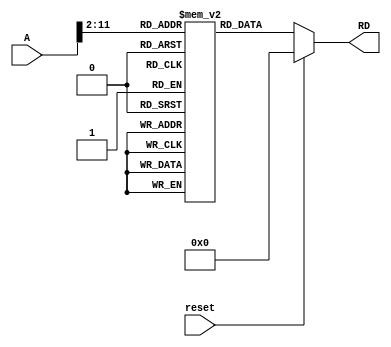
`timescale 1ns / 1ps
//////////////////////////////////////////////////////////////////////////////////
// Company: 
// Engineer: 
// 
// Design Name: 
// Module Name: Instruction_Memory
// Project Name: 
// Target Devices: 
// Tool Versions: 
// Description: 
// 
// Dependencies: 
// 
// Revision:
// Revision 0.01 - File Created
// Additional Comments:
// 
//////////////////////////////////////////////////////////////////////////////////


module Instruction_Memory(
input reset,
input [31:0] A,
output [31:0] RD
    );
    
    reg [31:0] Mem [1023:0];
    
//    assign RD = (reset)? 32'b0 : Mem[A[31:2]];
      assign RD = (reset)? 32'b0 : Mem[A>>2];    
      
    initial begin
        Mem[0] = 32'h00A00093;
        Mem[1] = 32'h03200113;
        Mem[2] = 32'h01400193;
        Mem[3] = 32'h00F00213;
        Mem[4] = 32'h01E00293;
        Mem[5] = 32'h00208333;
        Mem[6] = 32'h401103B3;
    end
    
endmodule